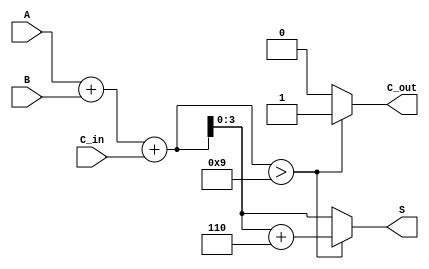
module BCD_Hybrid_Adder (
    input [3:0] A,      // First BCD digit
    input [3:0] B,      // Second BCD digit
    input C_in,         // Carry-in from previous addition (optional)
    output [3:0] S,     // BCD sum output
    output C_out        // Carry-out
);

    wire [4:0] binary_sum;    // 5-bit to hold the sum including carry
    wire [4:0] adjusted_sum;   // 5-bit adjusted sum for BCD correction

    // Step 1: Binary addition of A, B and C_in
    assign binary_sum = A + B + C_in;

    // Step 2: Check if the binary sum exceeds BCD maximum (9)
    assign C_out = (binary_sum > 9) ? 1 : 0;

    // Step 3: Correct the binary sum if necessary
    assign adjusted_sum = (binary_sum > 9) ? (binary_sum + 6) : binary_sum;

    // Step 4: The final BCD output S
    assign S = adjusted_sum[3:0];  // Take the lower 4 bits as output

endmodule